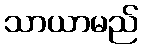
သာယာမည်